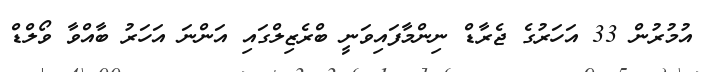
އުމުރުން 33 އަހަރުގެ ޖެރާޑް ނިންމާފައިވަނީ ބްރެޒިލްގައި އަންނަ އަހަރު ބާއްވާ ވޯލްޑް